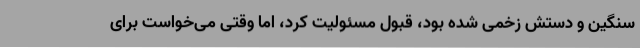
سنگین و دستش زخمی شده بود، قبول مسئولیت کرد، اما وقتی می‌خواست برای